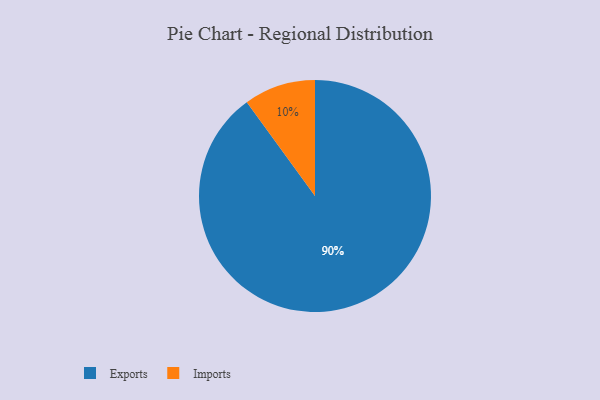
{"axis": {"x": "Category", "y": "Percentage"}, "legend": ["Exports", "Imports"], "data": [{"x": "Imports", "y": 10, "type": "Imports"}, {"x": "Exports", "y": 90, "type": "Exports"}]}